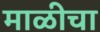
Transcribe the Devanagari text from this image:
माळीचा